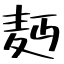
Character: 麪